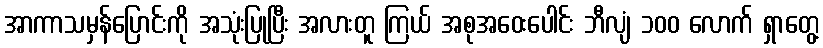
အာကာသမှန်ပြောင်းကို အသုံးပြုပြီး အလားတူ ကြယ် အစုအဝေးပေါင်း ဘီလျံ ၁၀၀ လောက် ရှာတွေ့